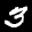
Label: 3